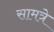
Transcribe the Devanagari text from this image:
सामत्रे